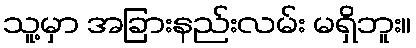
သူ့မှာ အခြားနည်းလမ်း မရှိဘူး။